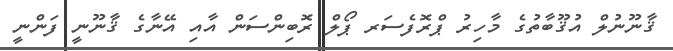
ޤާނޫނުލް އުޤޫބާތުގެ މާހިރު ޕްރޮފެސަރ ޕޯލް ރޮބިންސަން އާއި އޭނާގެ ޤާނޫނީ ފަންނީ